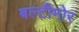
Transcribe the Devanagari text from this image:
बल्टीमोर